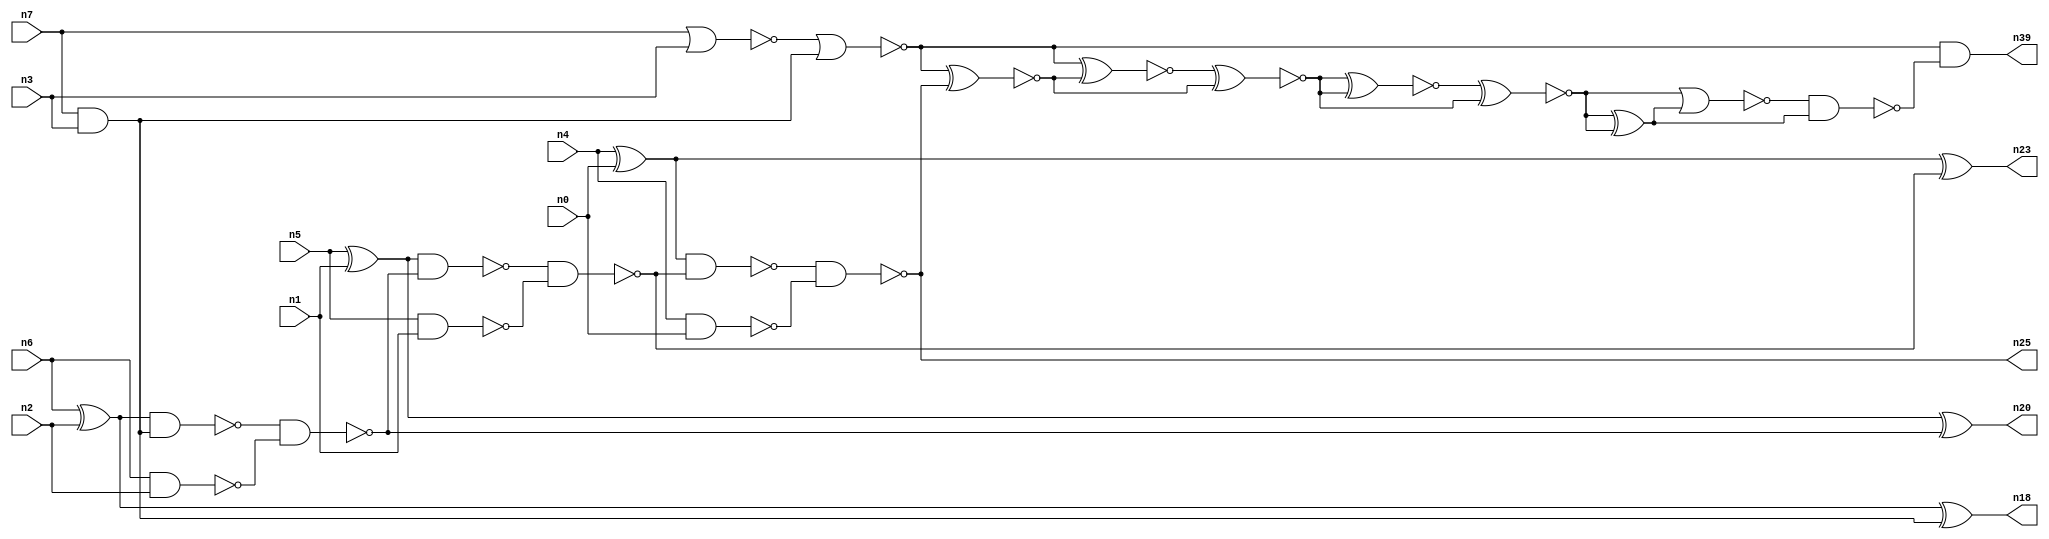
// This program was cloned from: https://github.com/umar-afzaal/ReCkt
// License: MIT License

// This file contains a pareto-optimal circuit with respect to area and the fault-resilince parameter p_fault which is defined as:
// "For all input vectors, the ratio of the no. of faults observable at the POs to the no. of total possible faults in the circuit".
// This code is part of the ReCkt library (https://github.com/umar-afzaal/ReCkt) distributed under The MIT License.
// When used, please cite the following article(s):
// U. Afzaal, A.S. Hassan, M. Usman and J.A. Lee, "On the Evolutionary Synthesis of Increased Fault-resilience Arithmetic Circuits".

// p_fault = 64.1 %    (Lower is better)
// gates = 29.0
// levels = 16
// area = 41.28    (For MCNC library relative to nand2)
// power = 212.3 uW    (Berkely-SIS for MCNC library @ Vdd=5V and 20 MHz clock)
// delay = 24.6 ns    (Berkely-ABC for MCNC library)
// PDP = 5.22258e-12 J

// Pin mapping:
// {n0, n1, n2, n3} = A[3:0]
// {n4, n5, n6, n7} = B[3:0]
// {n25, n23, n20, n18, n39} = O[4:0]

module addr4u_area_38 (
n0, n1, n2, n3, n4, n5, n6, n7, 
n25, n23, n20, n18, n39
);

input n0, n1, n2, n3, n4, n5, n6, n7;
output n25, n23, n20, n18, n39;
wire n29, n38, n13, n30, n24, n9, n14, n16, n8, n22, n15, n32, n10, n31, n26, n19, n21, n33, n27, n11, 
n28, n12, n17, n34;

xor (n8, n4, n0);
nand (n9, n4, n0);
nand (n10, n5, n1);
nand (n11, n6, n2);
nor (n12, n7, n3);
xor (n13, n6, n2);
and (n14, n7, n3);
xor (n15, n5, n1);
nor (n16, n12, n14);
nand (n17, n13, n14);
xor (n18, n13, n14);
nand (n19, n17, n11);
xor (n20, n15, n19);
nand (n21, n15, n19);
nand (n22, n21, n10);
xor (n23, n8, n22);
nand (n24, n8, n22);
nand (n25, n24, n9);
xnor (n26, n16, n25);
xnor (n27, n16, n26);
xnor (n28, n27, n26);
xnor (n29, n26, n27);
xnor (n30, n28, n28);
xnor (n31, n30, n29);
xnor (n32, n30, n29);
xor (n33, n32, n31);
nor (n34, n32, n33);
nand (n38, n34, n33);
and (n39, n16, n38);

endmodule